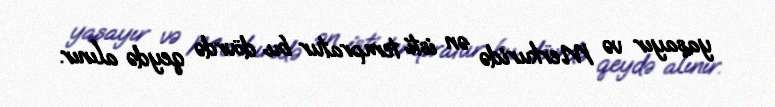
yaşayır və Merkuridə ən isti tempratur bu dövrdə qeydə alınır.